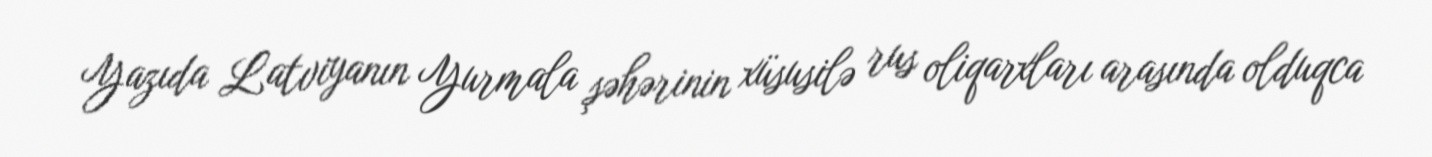
Yazıda Latviyanın Yurmala şəhərinin xüsusilə rus oliqarxları arasında olduqca